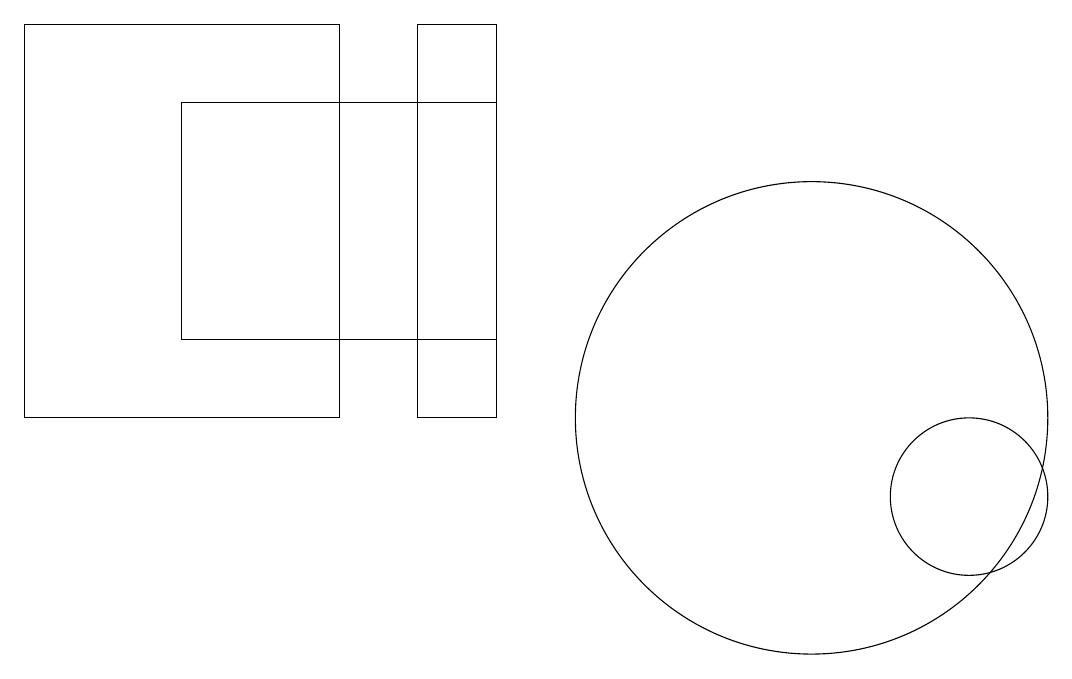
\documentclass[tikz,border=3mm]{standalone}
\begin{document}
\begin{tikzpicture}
\draw (4,16) rectangle (0,11);
\draw (5,16) rectangle (6,11);
\draw (12,10) circle (1);
\draw (2,12) rectangle (6,15);
\draw (10,11) circle (3);
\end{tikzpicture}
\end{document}